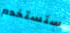
ستستخدم